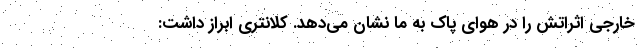
خارجی اثراتش را در هوای پاک به ما نشان می‌دهد. کلانتری ابراز داشت: